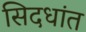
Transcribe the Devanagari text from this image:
सिदधांत